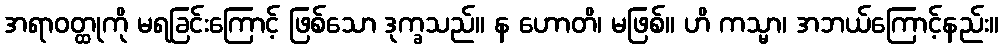
အရာဝတ္ထုကို မရခြင်းကြောင့် ဖြစ်သော ဒုက္ခသည်။ န ဟောတိ၊ မဖြစ်။ ဟိ ကသ္မာ၊ အဘယ်ကြောင့်နည်း။